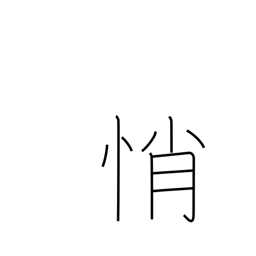
Meaning: anxiety